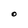
Character: O